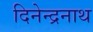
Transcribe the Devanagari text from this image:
दिनेन्द्रनाथ